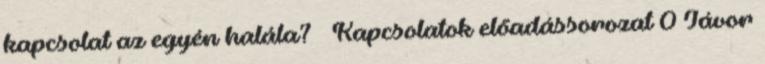
kapcsolat az egyén halála? – Kapcsolatok előadássorozat 0 Jávor